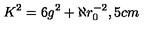
K ^ { 2 } = 6 g ^ { 2 } + \aleph r _ { 0 } ^ { - 2 } , \hspace { . 5 c m }